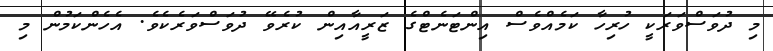
މި ދުވަސްވަރަކީ ހުރިހާ ކަމެއްވެސް އިންޓަނެޓްގެ ޒަރީއާއިން ކުރެވޭ ދުވަސްވަރެކެވެ. އެހެންކަމުން މި